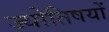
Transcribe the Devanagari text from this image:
ज्योतिषयों